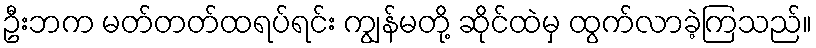
ဦးဘက မတ်တတ်ထရပ်ရင်း ကျွန်မတို့ ဆိုင်ထဲမှ ထွက်လာခဲ့ကြသည်။